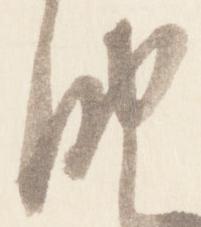
納